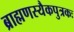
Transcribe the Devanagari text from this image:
ब्राह्मणस्यैकपुत्रकः